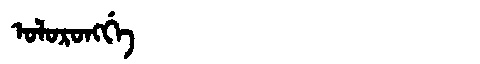
Manchu: ᠣᠯᠣᡵᠣᠩᡤᡝ
Romanization: OLORONGGE